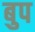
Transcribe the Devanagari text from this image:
बुप